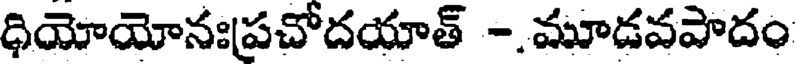
ధియోయోనఃప్రచోదయాత్ -.మూడవపాదం